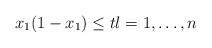
LaTeX: \begin{align*}x_1(1-x_1)\leq tl=1,\ldots,n\end{align*}